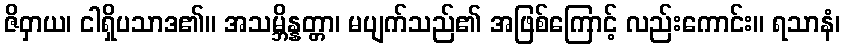
ဇိဝှာယ၊ ငါရှိပသာဒ၏။ အသမ္ဘိန္နတ္တာ၊ မပျက်သည်၏ အဖြစ်ကြောင့် လည်းကောင်း။ ရသာနံ၊